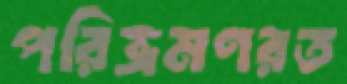
পরিভ্রমণরত